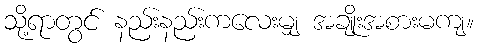
သို့ရာတွင် နည်းနည်းကလေးမျှ အချိုးအစားမကျ။